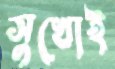
সুখোই